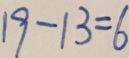
1 9 - 1 3 = 6